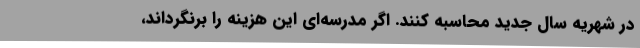
در شهریه‌ سال جدید محاسبه کنند. اگر مدرسه‌ای این هزینه را برنگرداند،